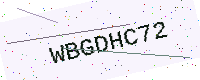
Text: WBGDHC72